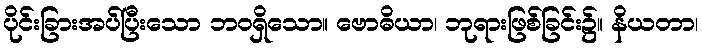
ပိုင်းခြားအပ်ပြီးသော ဘဝရှိသော။ ဗောဓိယာ၊ ဘုရားဖြစ်ခြင်း၌။ နိယတာ၊